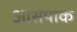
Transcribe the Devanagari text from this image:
आसपाक